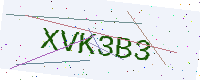
Text: XVK3B3